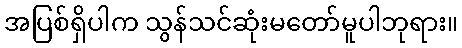
အပြစ်ရှိပါက သွန်သင်ဆုံးမတော်မူပါဘုရား။